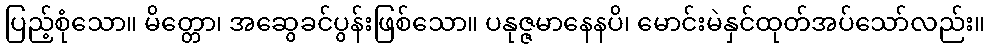
ပြည့်စုံသော။ မိတ္တော၊ အဆွေခင်ပွန်းဖြစ်သော။ ပနုဇ္ဇမာနေနပိ၊ မောင်းမဲနှင်ထုတ်အပ်သော်လည်း။